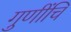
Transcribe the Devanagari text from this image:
गुणींचि